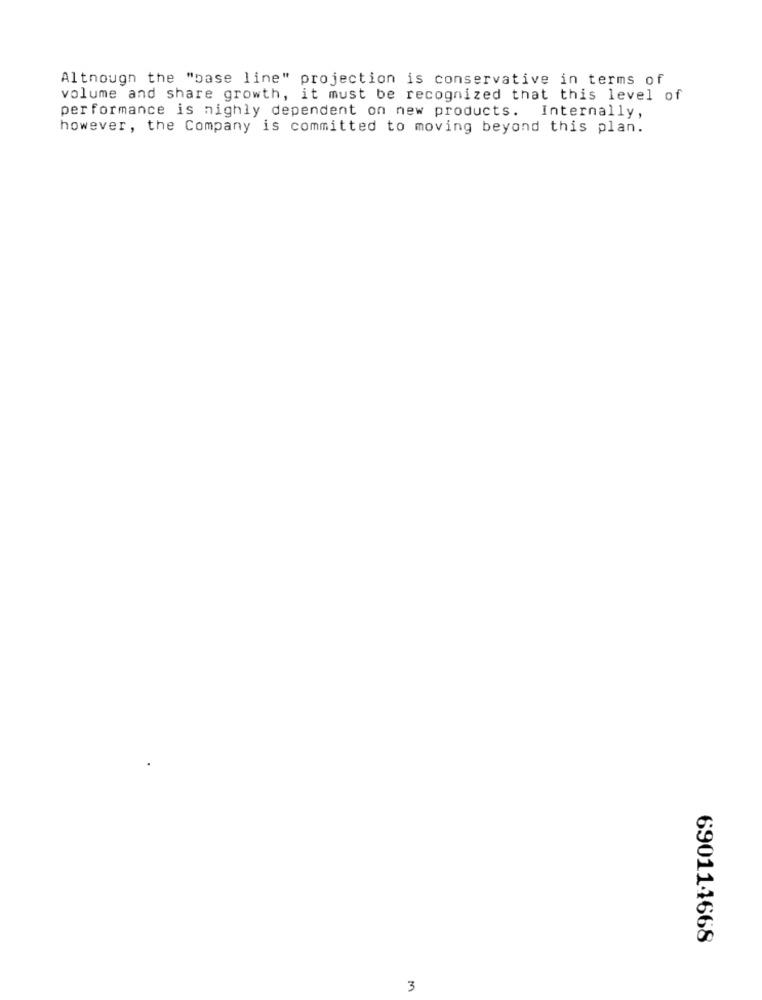
Although the "base line" projection is conservative in terms of
volume and share growth, it must be recognized that this level of
performance is nighly dependent on new products. Internally,
however, the Company is committed to moving beyond this plan.
69011-1668
3